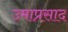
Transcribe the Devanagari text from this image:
उमाप्रसाद